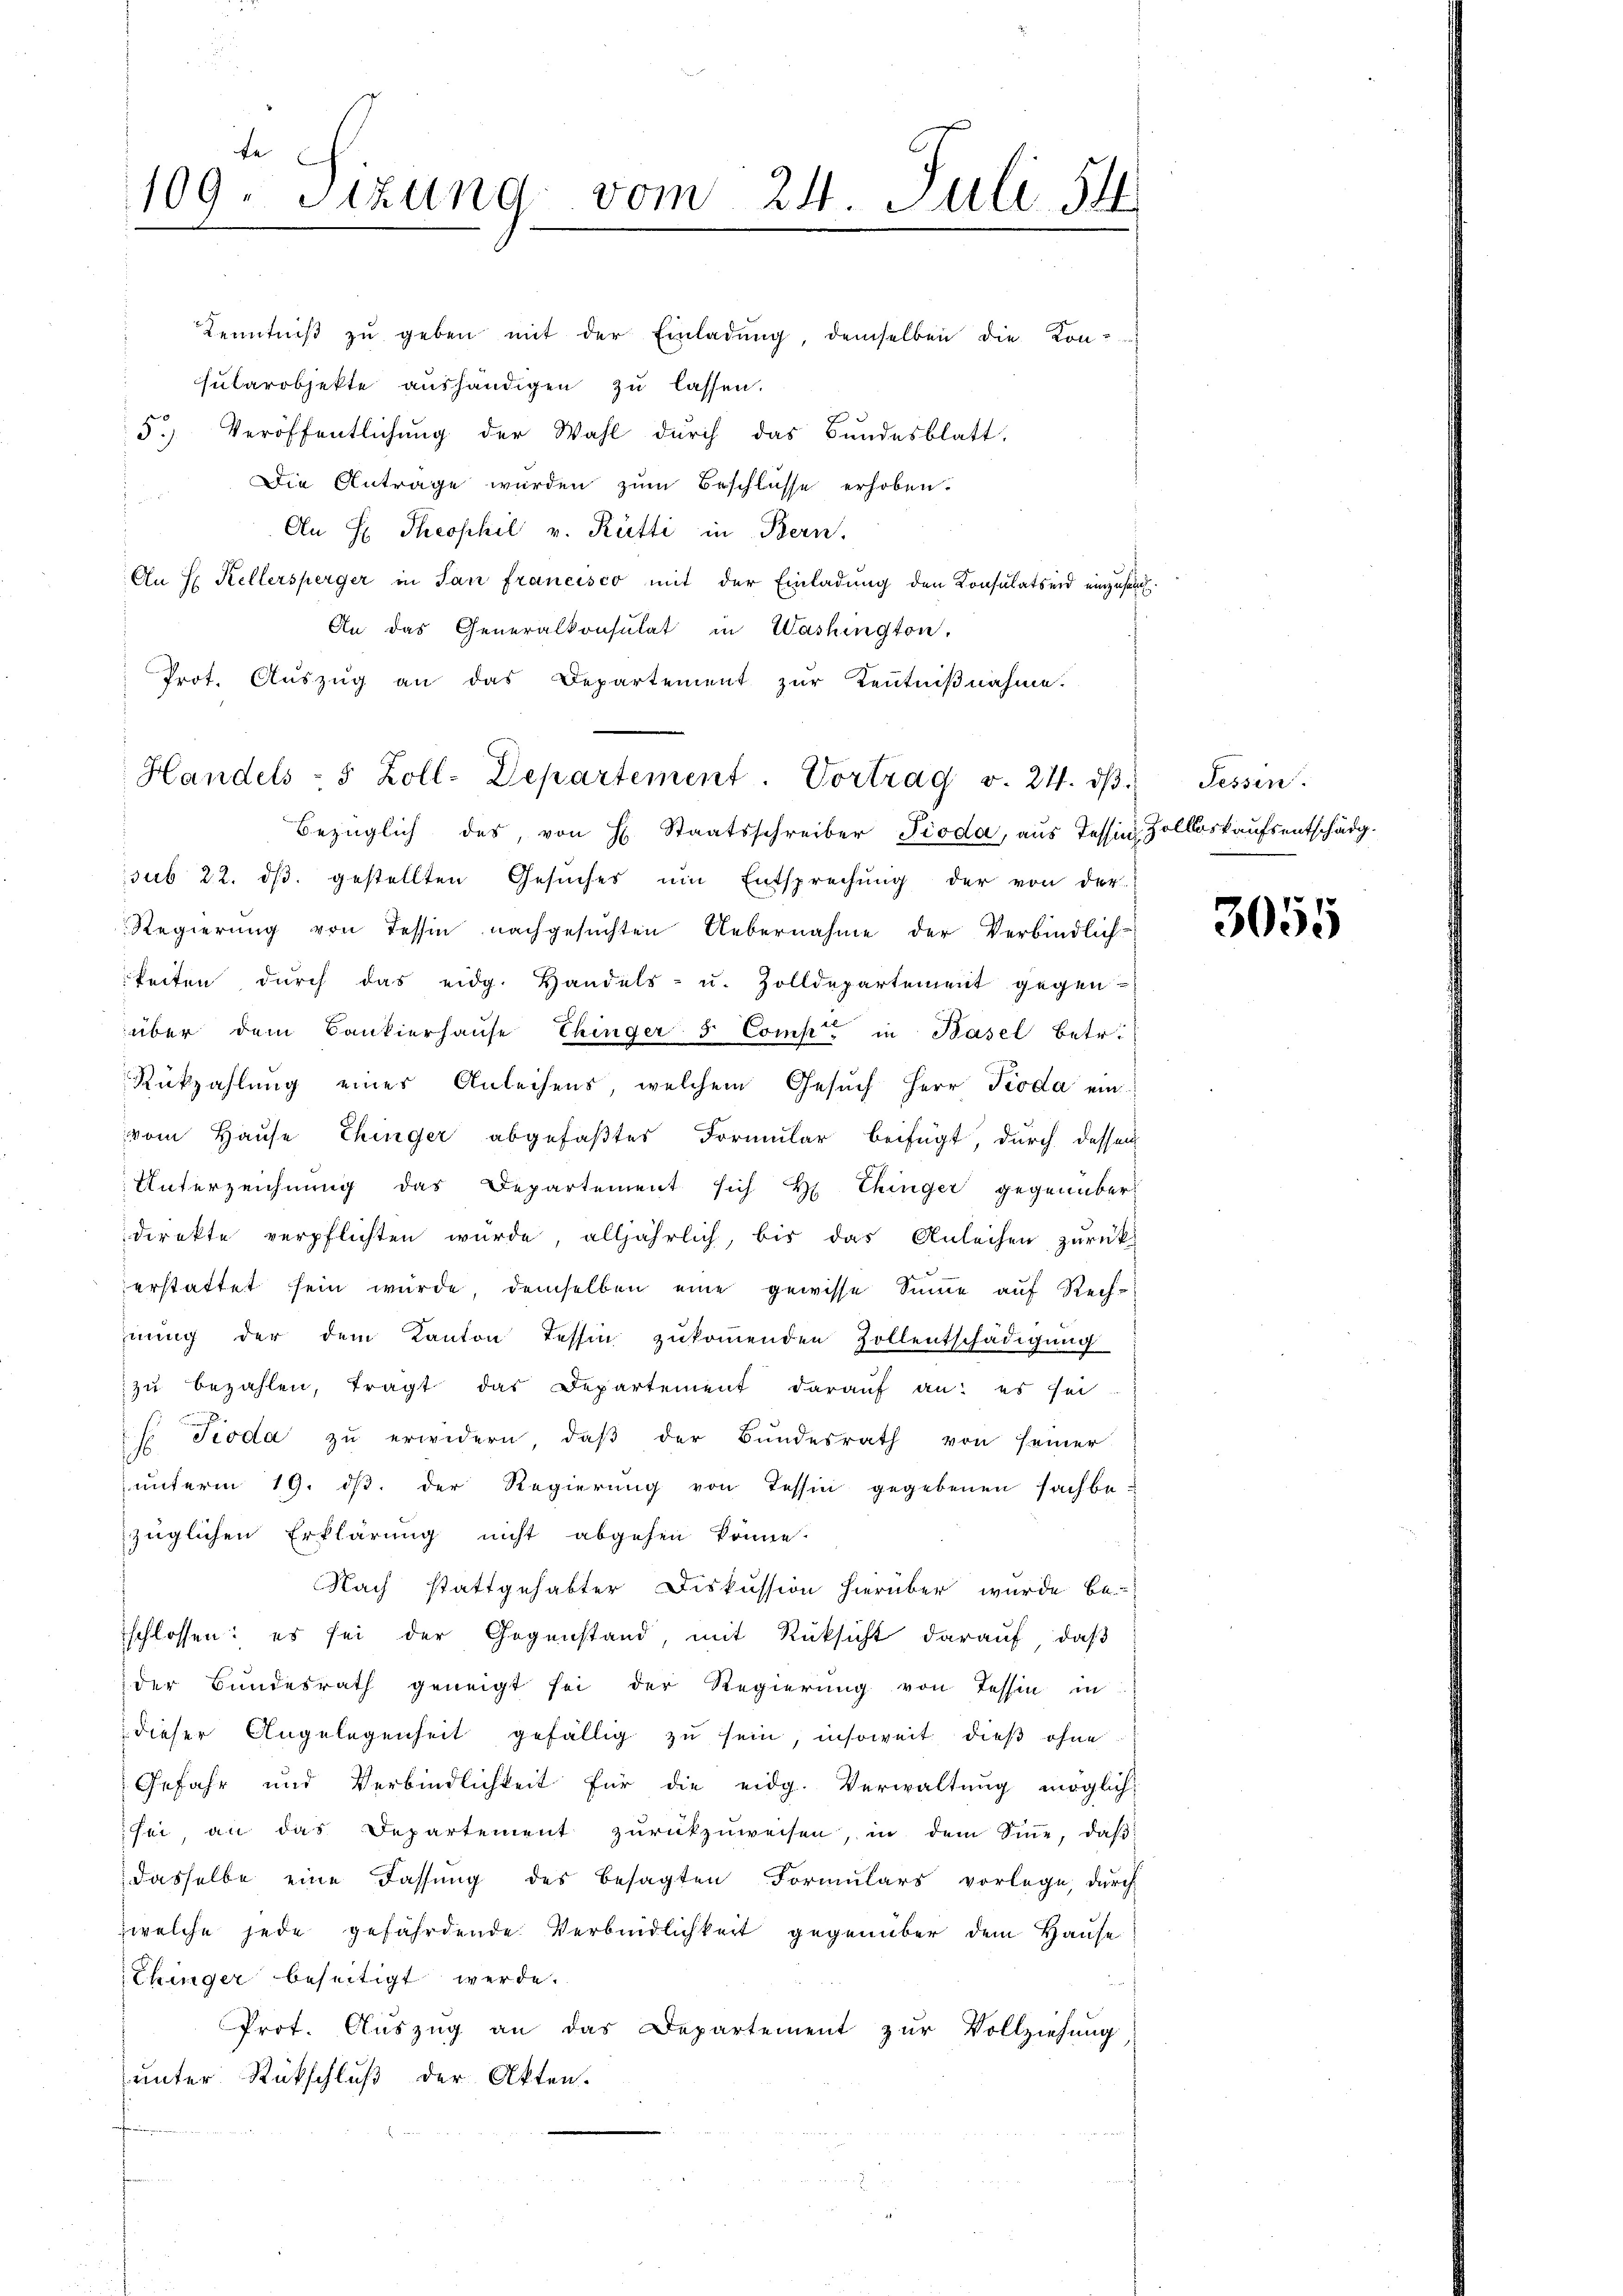
te
109. Sitzung vom 24. Juli 54.

Kenntniβ zŭ geben mit der Einladŭng, demselben die Kon-
sudarobjekte aushändigen zu lassen.
5.) Veröffentlichung der Wahl durch das Bundesblatt.
Die Antrage wurden zum Beschlüsse erhoben.

An H. Theophil v. Rütti in Bern.
An H. Kellersperger in San francisco mit der Einladung den Konsulatsend einzusen¬
An das Generalkonsulat in Washington,
Prot. Auszug an das Departement zur Kenntnißnahme.
Bezüglich des, von H. Staatsschreiber Pioda, aus Tessin, Zolloskaufsentschädg
sub 22. ds. gestellten Gesuches um Entsprechung der von der
Regierung von Tessin nachgesuchten Uebernahme der Verbindlich-
keiten dŭrch das eidg. Handels- u. Zolldepartement gegen-
über dem Bankierhaŭse Thinger & Comp. in Basel betr.
Rükzahlung eines Anleihens, welchem Gesŭch Herr Pioda ein
vom Hause hinger abgefaßter Formular beifügt, durch dessen
Unterzeichnung das Departement sich H. Chinger gegenüber
direkte verpflichten wurde alljährlich, bis das Anleihen zurück
erstattet sein würde, demselben eine gewisse Sinne auf Rechnung der dem Kanton Tessin zukommenden Zollentschädigung
zŭ bezahlen, tragt das Departement darauf an: es sei
 Pioda zŭ erwidern, daβ der Bŭndesrath von seiner
ŭnterm 19. dβ der Regierung von Tessin gegebenen sachbe-
züglichen Erklärung nicht abgehen könne.
Nach stattgehabter Diskussion hierüber wurde be-
schlossen: es sei der Gegenstand, mit Rüksicht darauf, daß
der Bundesrath geneigt sei der Regierŭng von Tessin in
dieser Angelegenheit gefällig zu sein, insoweit dieß ohne
Gefahr und Verbindlichkeit für die eidg. Verwaltung möglich
sei, an das Departement zŭrückzuweisen, in dem Siṅe, daβ
dasselbe eine Fassung des besagten Formulars vorlege, durch
welche jede gefährdende Verbindlichkeit gegenüber dem Hause
Chinger beseitigt werde.
u
Prot. Auszug an das Departement zur Vollziehung
unter Rückschluß der Akten.

Handels - 5 Zoll-Departement. Vortrag v. 24. dβ. Tessin.

3055